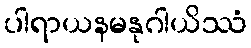
ပါရာယနမနုဂါယိဿံ